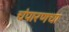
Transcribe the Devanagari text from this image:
चंपारणचा